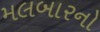
મલબારનો